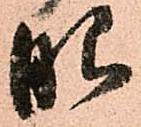
眼